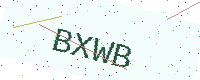
Text: BXWB